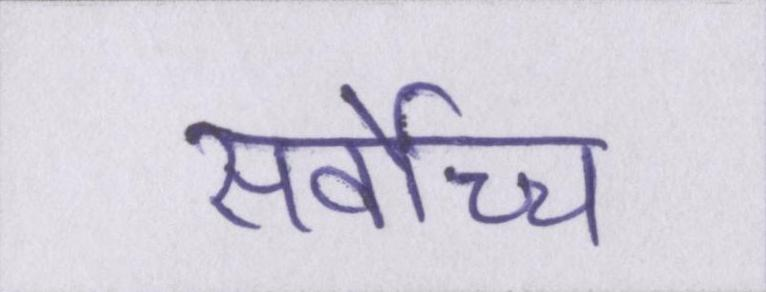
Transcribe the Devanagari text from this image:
सर्वोच्च